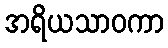
အရိယသာဝကာ